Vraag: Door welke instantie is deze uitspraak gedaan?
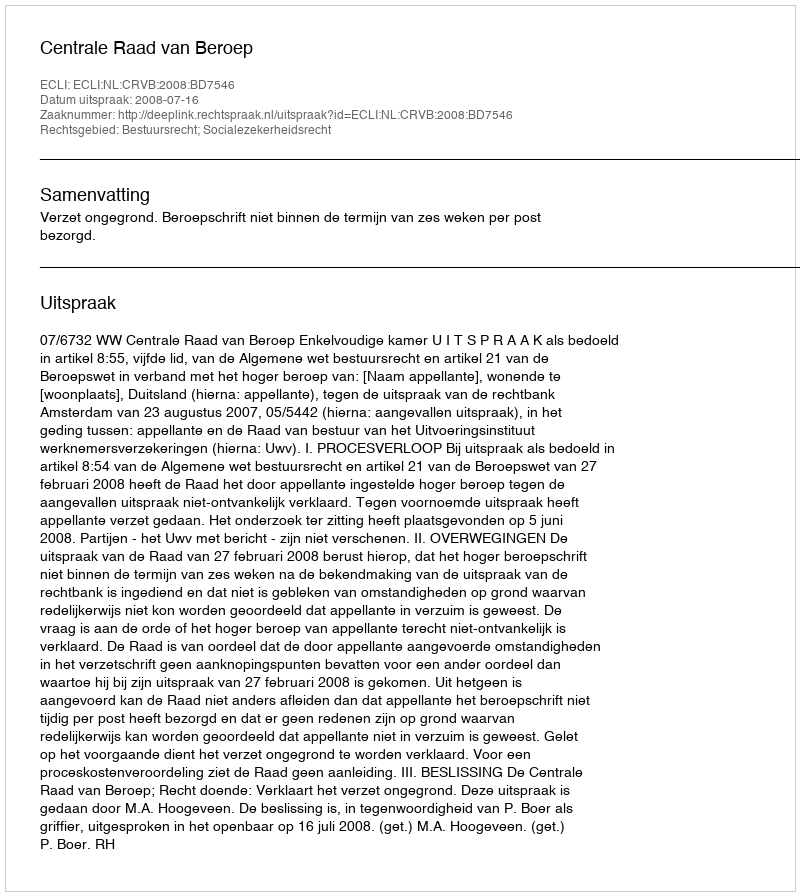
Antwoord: Centrale Raad van Beroep